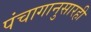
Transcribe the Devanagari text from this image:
पंचागानुसारही